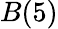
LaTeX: B(5)